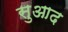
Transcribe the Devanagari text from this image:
सुआद